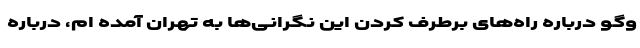
وگو درباره راه‌های برطرف کردن این نگرانی‌ها به تهران آمده ام، درباره